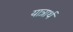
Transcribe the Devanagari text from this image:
यात्रार्थ